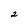
Character: 2